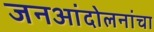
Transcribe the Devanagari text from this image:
जनआंदोलनांचा